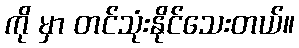
ကို မှာ တင်သုံးနိုင်သေးတယ်။